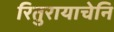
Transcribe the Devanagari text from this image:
रितुरायाचेनि